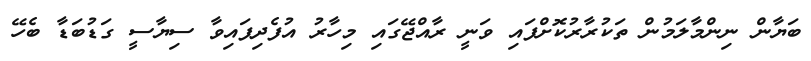
ބަޔާން ނިންމާލަމުން ތަކުރާރުކޮށްފައި ވަނީ ރާއްޖޭގައި މިހާރު އުފެދިފައިވާ ސިޔާސީ ގަޑުބަޑާ ބެހޭ